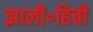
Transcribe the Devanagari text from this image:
झाली॰हिची